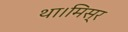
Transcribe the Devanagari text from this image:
था।मिस्र